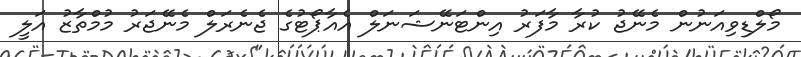
މޯލްޑިވިއަނުން މެނޭޖު ކުރާ މާފަރު އިންޓަނޭޝަނަލް އެއާޕޯޓުގެ ޖެނެރަލް މެނޭޖަރު މުމްތާޒު އަލީ